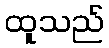
ထူသည်